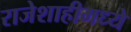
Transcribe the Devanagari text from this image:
राजेशाहीमध्ये